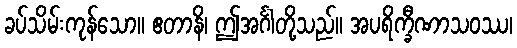
ခပ်သိမ်းကုန်သော။ ဧတာနိ၊ ဤအင်္ဂါတို့သည်။ အပရိက္ခီဏာသဝဿ၊